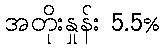
အတိုးနှုန်း 5.5%